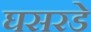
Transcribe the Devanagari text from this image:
घसरडे